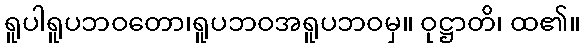
ရူပါရူပဘဝတော၊ရူပဘဝအရူပဘဝမှ။ ဝုဋ္ဌာတိ၊ ထ၏။